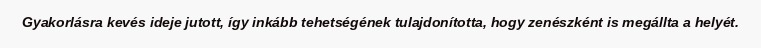
Gyakorlásra kevés ideje jutott, így inkább tehetségének tulajdonította, hogy zenészként is megállta a helyét.